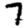
Digit: 7